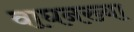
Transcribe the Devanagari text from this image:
वाघनख्या